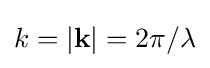
k=|\mathbf {k} |=2\pi /\lambda